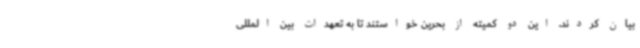
بیان کردند. این دو کمیته از بحرین خواستند تا به تعهدات بین المللی